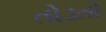
તોડતો